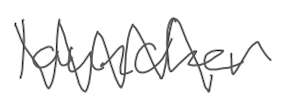
Text: launcher
Cross-out: zig-zag
Writing tool: digital_gray